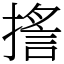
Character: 㨱